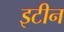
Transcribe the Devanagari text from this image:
इटीन